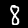
Digit: 8